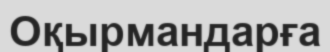
Оқырмандарға